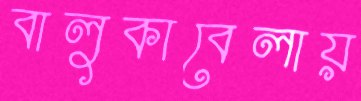
বালুকাবেলায়